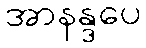
အာနန္ဒပေ